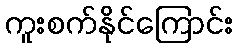
ကူးစက်နိုင်ကြောင်း